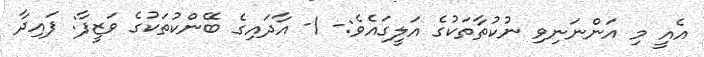
އެއީ މި އަންނަނިވި ނުކުތާތަކުގެ އަލީގައެވެ:- 1- އާދައިގެ ބޭންކުތަކުގެ ވަޒީފާ: ފައިދާ